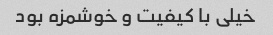
خیلی با کیفیت و خوشمزه بود